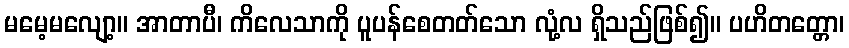
မမေ့မလျော့။ အာတာပီ၊ ကိလေသာကို ပူပန်စေတတ်သော လုံ့လ ရှိသည်ဖြစ်၍။ ပဟိတတ္တော၊